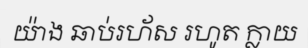
យ៉ាង ឆាប់រហ័ស រហូត ក្លាយ